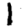
Digit: 1